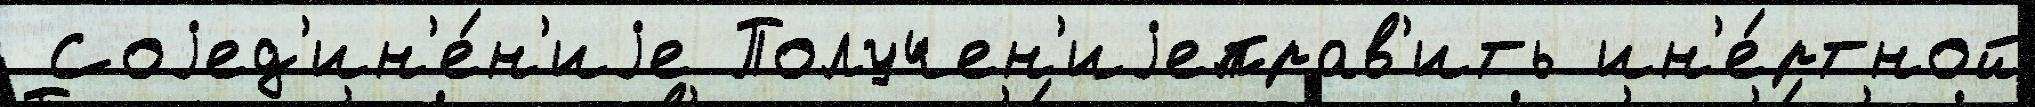
 Соjед'ин'е́н'иjе Получен'иjеправ'ить ин'е́ртной